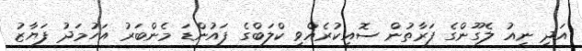
އަދި ނިއު ލެގޫންގެ ފަރާތުން ސޮއިކުރެއްވީ ކްލަބްގެ ފައުންޑަ މެންބަރު އަހުމަދު ފަޔާޒު